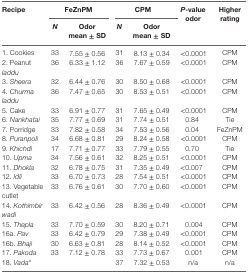
<table><thead><tr><td rowspan="2"><b>Recipe</b></td><td colspan="2"><b>FeZnPM</b></td><td colspan="2"><b>CPM</b></td><td rowspan="2"><b><i>P</i>-value odor</b></td><td rowspan="2"><b>Higher rating</b></td></tr><tr><td><b><i>N</i></b></td><td><b>Odor mean ± SD</b></td><td><b><i>N</i></b></td><td><b>Odor mean ± SD</b></td></tr></thead><tbody><tr><td>1. Cookies</td><td>33</td><td>7.55 ± 0.56</td><td>31</td><td>8.13 ± 0.34</td><td>&lt;0.0001</td><td>CPM</td></tr><tr><td>2. Peanut <i>laddu</i></td><td>36</td><td>6.33 ± 1.12</td><td>36</td><td>7.67 ± 0.59</td><td>&lt;0.0001</td><td>CPM</td></tr><tr><td>3. <i>Sheera</i></td><td>32</td><td>6.44 ± 0.76</td><td>30</td><td>8.50 ± 0.68</td><td>&lt;0.0001</td><td>CPM</td></tr><tr><td>4. <i>Churma laddu</i></td><td>36</td><td>7.47 ± 0.65</td><td>30</td><td>8.53 ± 0.51</td><td>&lt;0.0001</td><td>CPM</td></tr><tr><td>5. Cake</td><td>33</td><td>6.91 ± 0.77</td><td>31</td><td>7.65 ± 0.49</td><td>&lt;0.0001</td><td>CPM</td></tr><tr><td>6. <i>Nankhatai</i></td><td>35</td><td>7.77 ± 0.69</td><td>31</td><td>7.74 ± 0.51</td><td>0.84</td><td>Tie</td></tr><tr><td>7. Porridge</td><td>33</td><td>7.82 ± 0.58</td><td>34</td><td>7.53 ± 0.56</td><td>0.04</td><td>FeZnPM</td></tr><tr><td>8. <i>Puranpoli</i></td><td>34</td><td>6.68 ± 0.81</td><td>29</td><td>8.24 ± 0.58</td><td>&lt;0.0001</td><td>CPM</td></tr><tr><td>9. <i>Khichdi</i></td><td>17</td><td>7.71 ± 0.77</td><td>33</td><td>7.79 ± 0.55</td><td>0.70</td><td>Tie</td></tr><tr><td>10. <i>Upma</i></td><td>34</td><td>7.56 ± 0.61</td><td>32</td><td>8.25 ± 0.51</td><td>&lt;0.0001</td><td>CPM</td></tr><tr><td>11. <i>Dhokla</i></td><td>32</td><td>6.78 ± 0.75</td><td>31</td><td>7.35 ± 0.49</td><td>&lt;0.007</td><td>CPM</td></tr><tr><td>12. <i>Idli</i></td><td>33</td><td>6.70 ± 0.73</td><td>28</td><td>7.54 ± 0.51</td><td>&lt;0.0001</td><td>CPM</td></tr><tr><td>13. Vegetable cutlet</td><td>33</td><td>6.76 ± 0.61</td><td>30</td><td>7.70 ± 0.60</td><td>&lt;0.0001</td><td>CPM</td></tr><tr><td>14. <i>Kothimbirwadi</i></td><td>33</td><td>6.42 ± 0.56</td><td>28</td><td>8.36 ± 0.49</td><td>&lt;0.0001</td><td>CPM</td></tr><tr><td>15. <i>Thepla</i></td><td>33</td><td>7.70 ± 0.59</td><td>30</td><td>8.20 ± 0.71</td><td>0.004</td><td>CPM</td></tr><tr><td>16a. <i>Pav</i></td><td>33</td><td>6.42 ± 0.79</td><td>29</td><td>7.38 ± 0.49</td><td>&lt;0.0001</td><td>CPM</td></tr><tr><td>16b. <i>Bhaji</i></td><td>30</td><td>6.63 ± 0.81</td><td>28</td><td>8.14 ± 0.52</td><td>&lt;0.0001</td><td>CPM</td></tr><tr><td>17. <i>Pakoda</i></td><td>33</td><td>7.12 ± 0.78</td><td>33</td><td>7.73 ± 0.67</td><td>0.001</td><td>CPM</td></tr><tr><td>18. <i>Vada</i><sup>a</sup></td><td></td><td></td><td>37</td><td>7.32 ± 0.53</td><td>n/a</td><td>n/a</td></tr></tbody></table>